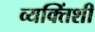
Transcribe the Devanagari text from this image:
व्यक्तिंशी